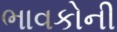
ભાવકોની